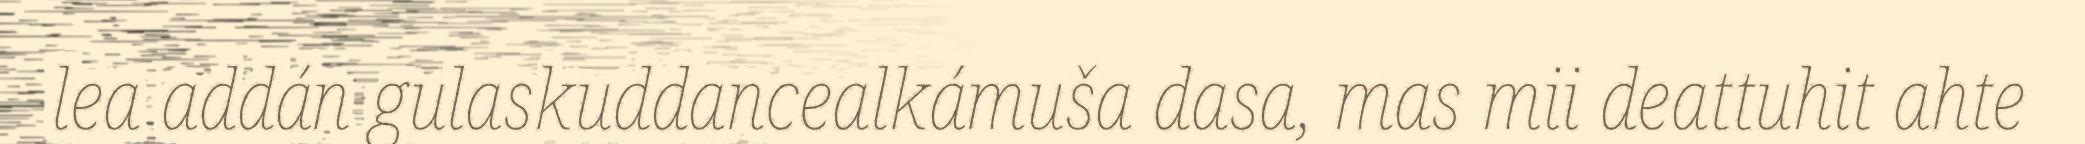
lea addán gulaskuddancealkámuša dasa, mas mii deattuhit ahte